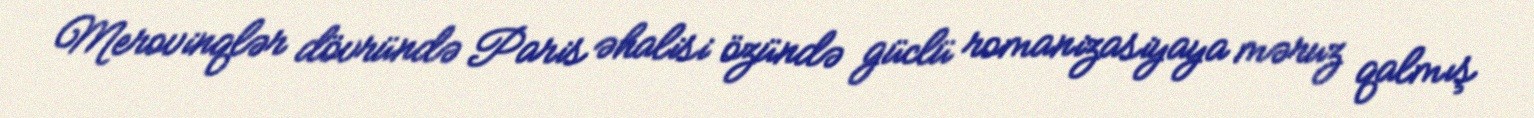
Merovinqlər dövründə Paris əhalisi özündə güclü romanizasiyaya məruz qalmış